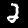
Digit: 2